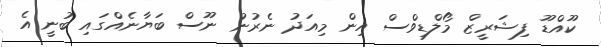
ކޫއްޑޫ ފިޝަރީޒް މޯލްޑިވްސް އިން މިއަދު ނެރުނު ނޫސް ބަޔާނެއްގައި ބުނީ އެ